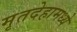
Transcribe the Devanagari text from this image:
मृतदेहामध्ये